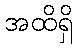
အထိရှိ